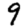
Digit: 9